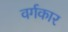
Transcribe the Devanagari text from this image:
वर्गकार